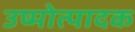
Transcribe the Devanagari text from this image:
उष्मोत्पादक